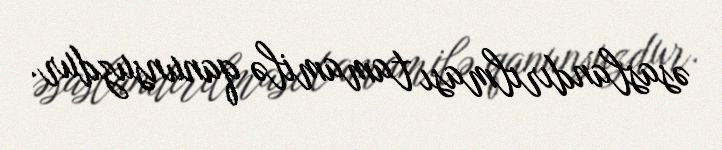
əsaslandırılması tamamilə qanunsuzdur.